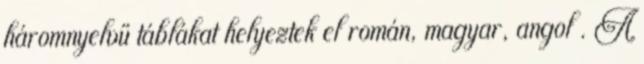
háromnyelvű táblákat helyeztek el román, magyar, angol . A